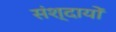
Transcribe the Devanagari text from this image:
संश्दायों